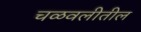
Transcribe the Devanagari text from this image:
चळवलीतील